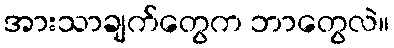
အားသာချက်တွေက ဘာတွေလဲ။